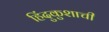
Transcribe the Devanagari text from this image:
हिंदुकुशाची